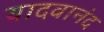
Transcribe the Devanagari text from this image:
यादवानंद